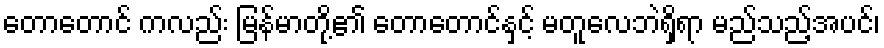
တောတောင် ကလည်း မြန်မာတို့၏ တောတောင်နှင့် မတူလေဘဲရှိရာ မည်သည့်အပင်၊